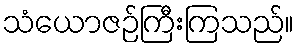
သံယောဇဉ်ကြီးကြသည်။